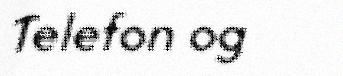
Telefon og